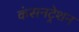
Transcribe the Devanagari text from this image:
कंसनट्रेशन